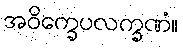
အဝိက္ခေပလက္ခဏံ။